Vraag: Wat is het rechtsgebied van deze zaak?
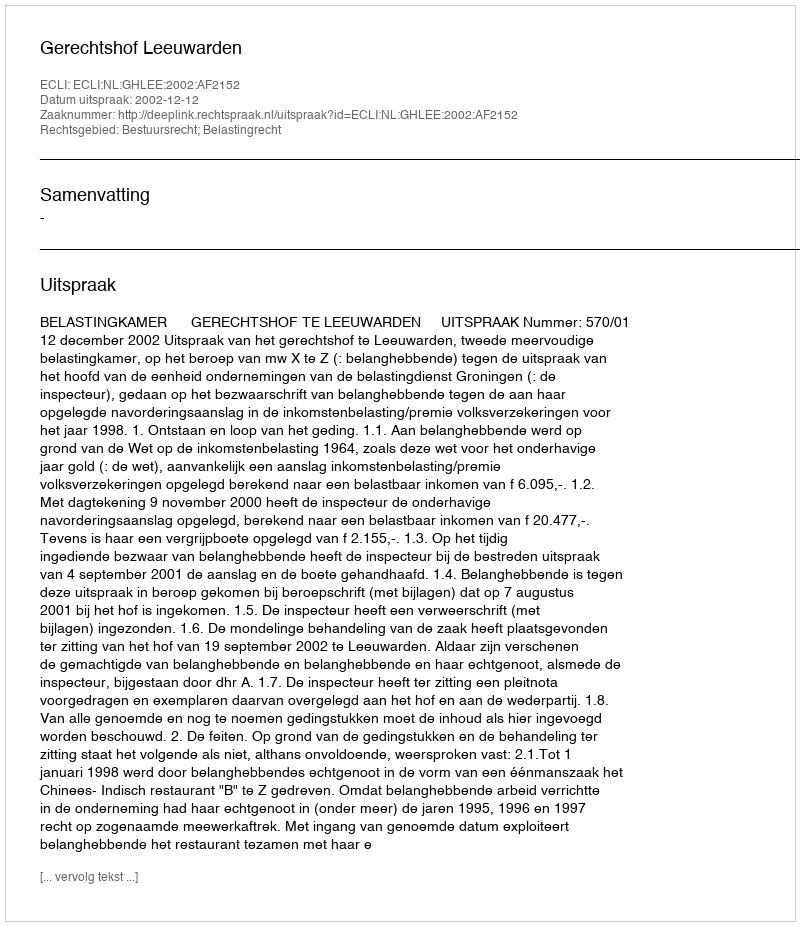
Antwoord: Bestuursrecht; Belastingrecht